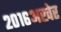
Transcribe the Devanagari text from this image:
२०१६अखेर